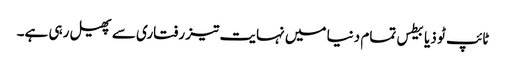
ٹائپ ٹو ذیابیطس تمام دنیا میں نہایت تیز رفتاری سے پھیل رہی ہے۔